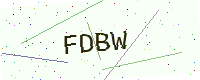
Text: FDBW